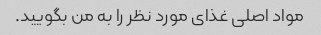
مواد اصلی غذای مورد نظر را به من بگویید.